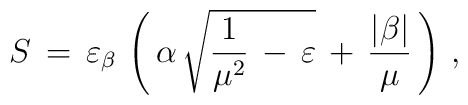
S\,=\,\varepsilon_\beta\,\left (\,\alpha\,\sqrt{\frac{1}{\mu^2}\,-\,\varepsilon}\,+\,\frac{|\beta|}{\mu}\,\right )\,{,}